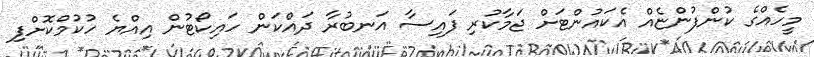
މީހެއްގެ ކުންފުންޏެއް އެކައުންޓަށް ޖަމާކުރި ފައިސާ އަނބުރާ ދައްކަން ހައިކޯޓުން އިއްޔެ ހުކުމްކޮށްފި